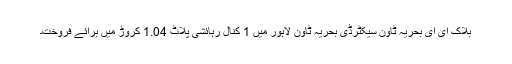
بلاک ای ای بحریہ ٹاؤن سیکٹرڈی بحریہ ٹاؤن لاہور میں 1 کنال رہائشی پلاٹ 1.04 کروڑ میں برائے فروخت۔